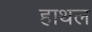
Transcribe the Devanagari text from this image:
हाथल